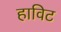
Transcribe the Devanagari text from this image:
हाविट